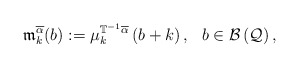
\begin{align*}\mathfrak{m}_{k}^{\overline{\alpha }}(b):=\mu _{k}^{\mathbb{T}^{-1}\overline{\alpha }}\left( b +k\right) ,\ \ b\in \mathcal{B}\left(\mathcal{Q}\right) , \end{align*}